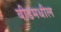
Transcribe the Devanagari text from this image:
बीडमधील